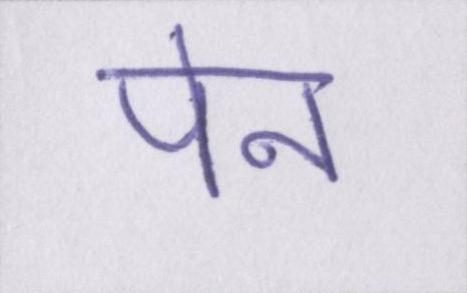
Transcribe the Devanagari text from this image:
पेन